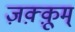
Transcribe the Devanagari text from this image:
ज़क़्क़ूम्